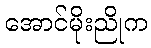
အောင်မိုးညိုက